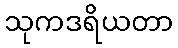
သုကဒရိယတာ